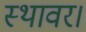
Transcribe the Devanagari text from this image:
स्थावर।